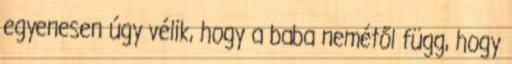
egyenesen úgy vélik, hogy a baba nemétől függ, hogy